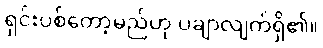
ရှင်းပစ်တော့မည်ဟု ပချာလျက်ရှိ၏။